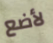
لأضع